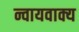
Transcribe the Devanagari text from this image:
न्वायवाक्य